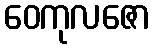
ဝေကုလဇော